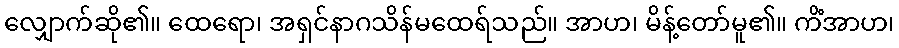
လျှောက်ဆို၏။ ထေရော၊ အရှင်နာဂသိန်မထေရ်သည်။ အာဟ၊ မိန့်တော်မူ၏။ ကိံအာဟ၊